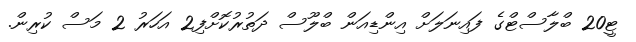
ޓީ20 ބްލާސްޓްގެ ފައިނަލަށް އިންޑިއަން ބްލޫސް ދަތުރުކޮށްފި2 އަހަރު 2 މަސް ކުރިން.